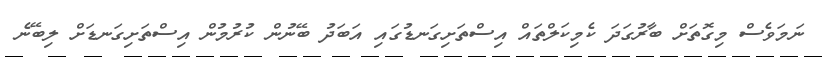
ނަމަވެސް މިގޮތަށް ބާރުގަދަ ކެމިކަލްތައް އިސްތަށިގަނޑުގައި އަބަދު ބޭނުން ކުރުމުން އިސްތަށިގަނޑަށް ލިބޭނެ